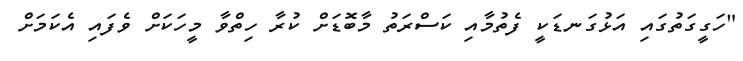
"ހަގީގަތުގައި އަޅުގަނޑަކީ ފެތުމާއި ކަސްރަތު މާބޮޑަށް ކުރާ ހިތްވާ މީހަކަށް ވެފައި އެކަމަށް